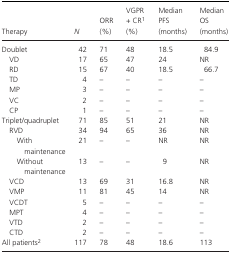
<table><thead><tr><td><b>Therapy</b></td><td><b><i>N</i></b></td><td><b>ORR (%)</b></td><td><b>VGPR + CRa (%)</b></td><td><b>Median PFS (months)</b></td><td><b>Median OS (months)</b></td></tr></thead><tbody><tr><td>Doublet</td><td>42</td><td>71</td><td>48</td><td>18.5</td><td>84.9</td></tr><tr><td>VD</td><td>17</td><td>65</td><td>47</td><td>24</td><td>NR</td></tr><tr><td>RD</td><td>15</td><td>67</td><td>40</td><td>18.5</td><td>66.7</td></tr><tr><td>TD</td><td>4</td><td>–</td><td>–</td><td>–</td><td>–</td></tr><tr><td>MP</td><td>3</td><td>–</td><td>–</td><td>–</td><td>–</td></tr><tr><td>VC</td><td>2</td><td>–</td><td>–</td><td>–</td><td>–</td></tr><tr><td>CP</td><td>1</td><td>–</td><td>–</td><td>–</td><td>–</td></tr><tr><td>Triplet/quadruplet</td><td>71</td><td>85</td><td>51</td><td>21</td><td>NR</td></tr><tr><td>RVD</td><td>34</td><td>94</td><td>65</td><td>36</td><td>NR</td></tr><tr><td>With maintenance</td><td>21</td><td>–</td><td>–</td><td>NR</td><td>NR</td></tr><tr><td>Without maintenance</td><td>13</td><td>–</td><td>–</td><td>9</td><td>NR</td></tr><tr><td>VCD</td><td>13</td><td>69</td><td>31</td><td>16.8</td><td>NR</td></tr><tr><td>VMP</td><td>11</td><td>81</td><td>45</td><td>14</td><td>NR</td></tr><tr><td>VCDT</td><td>5</td><td>–</td><td>–</td><td>–</td><td>–</td></tr><tr><td>MPT</td><td>4</td><td>–</td><td>–</td><td>–</td><td>–</td></tr><tr><td>VTD</td><td>2</td><td>–</td><td>–</td><td>–</td><td>–</td></tr><tr><td>CTD</td><td>2</td><td>–</td><td>–</td><td>–</td><td>–</td></tr><tr><td>All patientsb</td><td>117</td><td>78</td><td>48</td><td>18.6</td><td>113</td></tr></tbody></table>